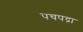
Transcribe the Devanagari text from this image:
पचपद्रा